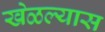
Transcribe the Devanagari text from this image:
खेळल्यास